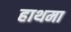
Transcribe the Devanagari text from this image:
हाथमा